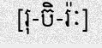
[រុ-ចិ-រ៉ៈ]